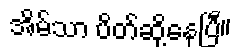
အိမ်သာ ပိတ်ဆို့နေပြီ။